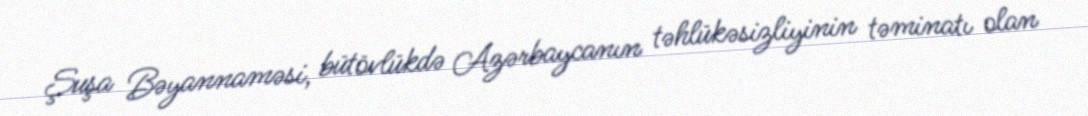
Şuşa Bəyannaməsi, bütövlükdə Azərbaycanın təhlükəsizliyinin təminatı olan